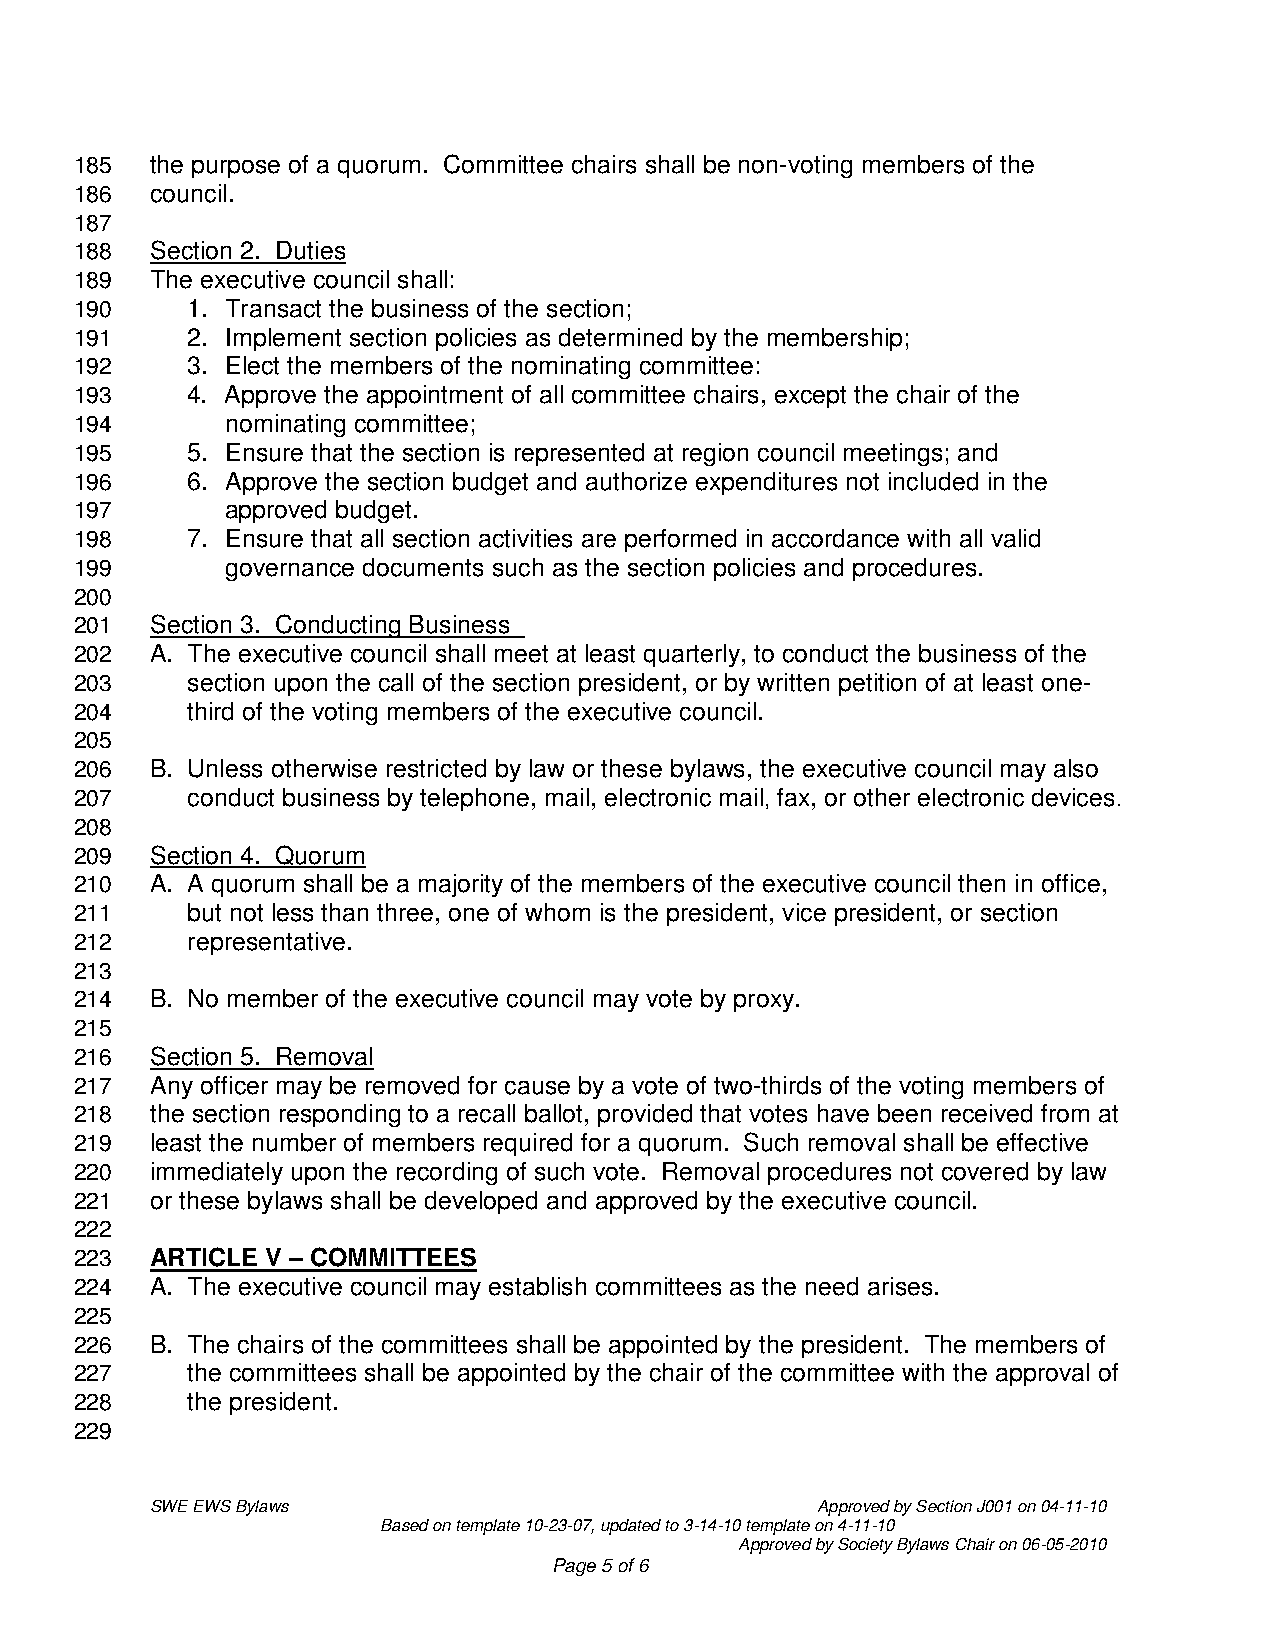
185  the purpose of a quorum. Committee chairs shall be non-voting members of the
 186  council.
 187
 188  Section 2. Duties
 189  The executive council shall:
 190    1. Transact the business of the section;
 191    2. Implement section policies as determined by the membership;
 192    3. Elect the members of the nominating committee:
 193    4. Approve the appointment of all committee chairs, except the chair of the
 194       nominating committee;
 195    5. Ensure that the section is represented at region council meetings; and
 196    6. Approve the section budget and authorize expenditures not included in the
 197       approved budget.
 198    7. Ensure that all section activities are performed in accordance with all valid
 199       governance documents such as the section policies and procedures.
 200
 201  Section 3. Conducting Business
 202  A. The executive council shall meet at least quarterly, to conduct the business of the
 203    section upon the call of the section president, or by written petition of at least one-
 204    third of the voting members of the executive council.
 205
 206  B. Unless otherwise restricted by law or these bylaws, the executive council may also
 207    conduct business by telephone, mail, electronic mail, fax, or other electronic devices.
 208
 209  Section 4. Quorum
 210  A. A quorum shall be a majority of the members of the executive council then in office,
 211    but not less than three, one of whom is the president, vice president, or section
 212    representative.
 213
 214  B. No member of the executive council may vote by proxy.
 215
 216  Section 5. Removal
 217  Any officer may be removed for cause by a vote of two-thirds of the voting members of
 218  the section responding to a recall ballot, provided that votes have been received from at
 219  least the number of members required for a quorum. Such removal shall be effective
 220  immediately upon the recording of such vote. Removal procedures not covered by law
 221  or these bylaws shall be developed and approved by the executive council.
 222
 223  ARTICLE V – COMMITTEES
 224  A. The executive council may establish committees as the need arises.
 225
 226  B. The chairs of the committees shall be appointed by the president. The members of
 227    the committees shall be appointed by the chair of the committee with the approval of
 228    the president.
 229
 SWE EWS Bylaws                              Approved by Section J001 on 04-11-10
 Based on template 10-23-07, updated to 3-14-10 template on 4-11-10
 Approved by Society Bylaws Chair on 06-05-2010
 Page 5 of 6